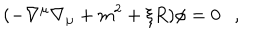
( - \nabla ^ { \mu } \nabla _ { \mu } + m ^ { 2 } + \xi R ) \phi = 0 ,